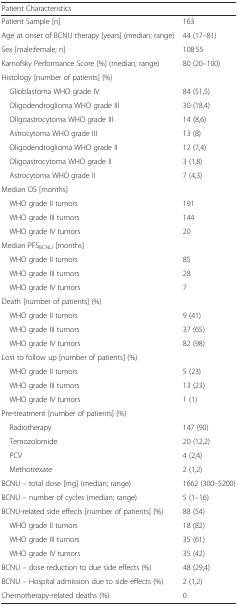
| Patient Characteristics |  |
 | --- | --- |
 | Patient Sample [n] | 163 |
 | Age at onset of BCNU therapy [years] (median; range) | 44 (17–81) |
 | Sex [male:female; n] | 108:55 |
 | Karnofsky Performance Score [%] (median; range) | 80 (20–100) |
 | <COLSPAN=2> Histology [number of patients] (%) |
 | Glioblastoma WHO grade IV | 84 (51,5) |
 | Oligodendroglioma WHO grade III | 30 (18,4) |
 | Oligoastrocytoma WHO grade III | 14 (8,6) |
 | Astrocytoma WHO grade III | 13 (8) |
 | Oligodendroglioma WHO grade II | 12 (7,4) |
 | Oligoastrocytoma WHO grade II | 3 (1,8) |
 | Astrocytoma WHO grade II | 7 (4,3) |
 | <COLSPAN=2> Median OS [months] |
 | WHO grade II tumors | 191 |
 | WHO grade III tumors | 144 |
 | WHO grade IV tumors | 20 |
 | <COLSPAN=2> Median PFSBCNU [months] |
 | WHO grade II tumors | 85 |
 | WHO grade III tumors | 28 |
 | WHO grade IV tumors | 7 |
 | <COLSPAN=2> Death [number of patients] (%) |
 | WHO grade II tumors | 9 (41) |
 | WHO grade III tumors | 37 (65) |
 | WHO grade IV tumors | 82 (98) |
 | <COLSPAN=2> Lost to follow up [number of patients] (%) |
 | WHO grade II tumors | 5 (23) |
 | WHO grade III tumors | 13 (23) |
 | WHO grade IV tumors | 1 (1) |
 | <COLSPAN=2> Pre-treatment [number of patients] (%) |
 | Radiotherapy | 147 (90) |
 | Temozolomide | 20 (12,2) |
 | PCV | 4 (2,4) |
 | Methotrexate | 2 (1,2) |
 | BCNU – total dose [mg] (median; range) | 1662 (300–5200) |
 | BCNU – number of cycles (median; range) | 5 (1–16) |
 | BCNU-related side effects [number of patients] (%) | 88 (54) |
 | WHO grade II tumors | 18 (82) |
 | WHO grade III tumors | 35 (61) |
 | WHO grade IV tumors | 35 (42) |
 | BCNU – dose reduction to due side effects (%) | 48 (29,4) |
 | BCNU – Hospital admission due to side effects (%) | 2 (1,2) |
 | Chemotherapy-related deaths (%) | 0 |